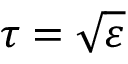
\tau = { \sqrt { \varepsilon } }